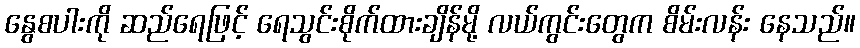
နွေစပါးကို ဆည်ရေဖြင့် ရေသွင်းစိုက်ထားချိန်မို့ လယ်ကွင်းတွေက စိမ်းလန်း နေသည်။